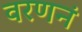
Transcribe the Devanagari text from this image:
वरणनं